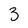
Character: 3